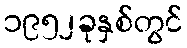
၁၉၅၂ခုနှစ်တွင်